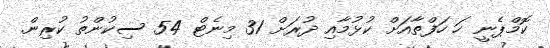
ކޮމްޕެނީ ހަ ހަފްތާއަށް ކުޅުމާއި ދުރަށް 31 މިނެޓް 54 ސިކުންތު ކުރިން.